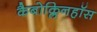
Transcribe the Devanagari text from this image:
कैबोक्लिनहॉस